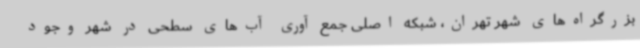
بزرگراه‌های شهر تهران، شبکه اصلی جمع آوری آب‌های سطحی در شهر وجود